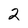
Character: 2